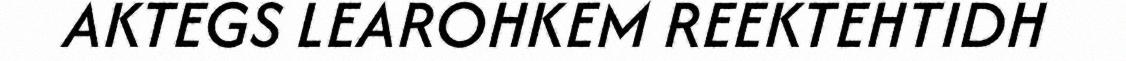
AKTEGS LEAROHKEM REEKTEHTIDH